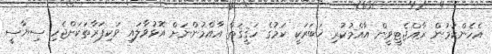
އެހެންކަމުން ރާއްޖެޓީވީން އާއްމުކުރި ޚަބަރަކީ ކަމުގެ ހަޤީޤަތް އާއްމުންނަށް އޮޅުވާލައި ވަކިފަރާތަކަށްޖެހި ސިޔާސީ